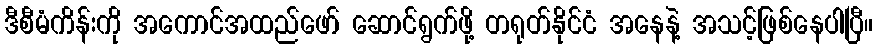
ဒီစီမံကိန်းကို အကောင်အထည်ဖော် ဆောင်ရွက်ဖို့ တရုတ်နိုင်ငံ အနေနဲ့ အသင့်ဖြစ်နေပါပြီ။